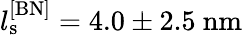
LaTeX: l_{\mathrm{s}}^{\mathrm{[BN]}}=4.0\pm 2.5\ \mathrm{nm}